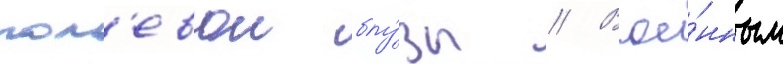
пол'евои блу́зы // Вое́нным